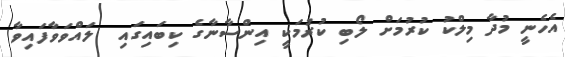
އެހެނީ މުދާ މިލްކު ކުރުމަށް ލޯބި ކުރުމަކީ އިންސާނާގެ ކިބައިގައި  ލައްވަވާފައިވާ